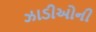
ઝાડીઓની